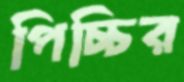
পিচ্চির